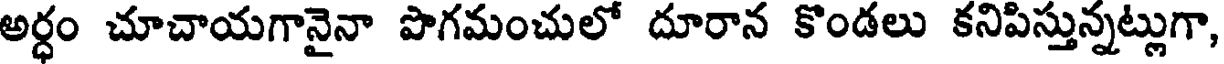
అర్ధం చూచాయగానైనా పొగమంచులో దూరాన కొండలు కనిపిస్తున్నట్లుగా,